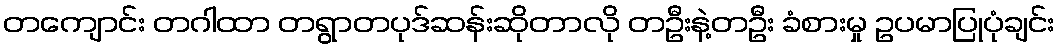
တကျောင်း တဂါထာ တရွာတပုဒ်ဆန်းဆိုတာလို တဦးနဲ့တဦး ခံစားမှု ဥပမာပြုပုံချင်း